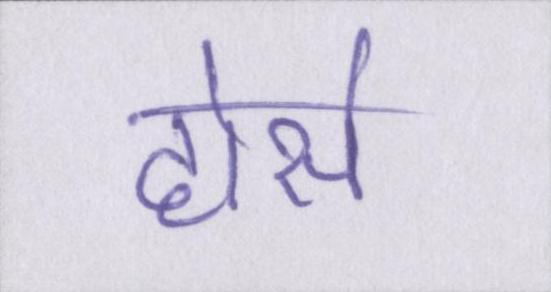
होर्स